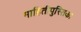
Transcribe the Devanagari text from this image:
माहितीपुस्तिका